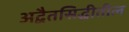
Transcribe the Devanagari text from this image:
अद्वैतसिद्धीतील